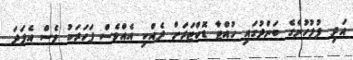
އަދި ފުލުހުންގެ ބަންދުގައި ހުއްޓާ ޑޮކްޓަރަށް ދެއްކި އެއްވެސް ފަހަރަކު ވެސް އެފަދަ